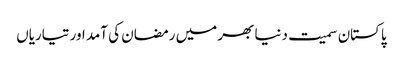
پاکستان سمیت دنیا بھر میں رمضان کی آمد اور تیاریاں